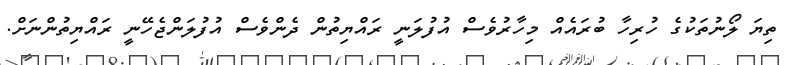
ތިޔަ ލޯނުތަކުގެ ހުރިހާ ބުރައެއް މިހާރުވެސް އުފުލަނީ ރައްޔިތުން ދެންވެސް އުފުލަންޖެހޭނީ ރައްޔިތުންނަަށް.